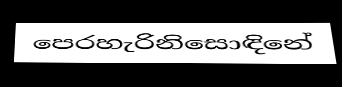
පෙරහැරිනිසොඳිනේ